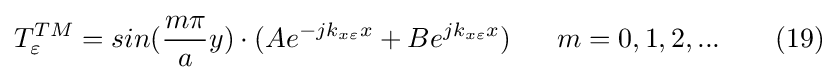
T_{\varepsilon }^{TM}=sin({\frac {m\pi }{a}}y)\cdot (Ae^{-jk_{x\varepsilon }x}+Be^{jk_{x\varepsilon }x})\ \ \ \ \ m=0,1,2,...\ \ \ \ \ \ (19)